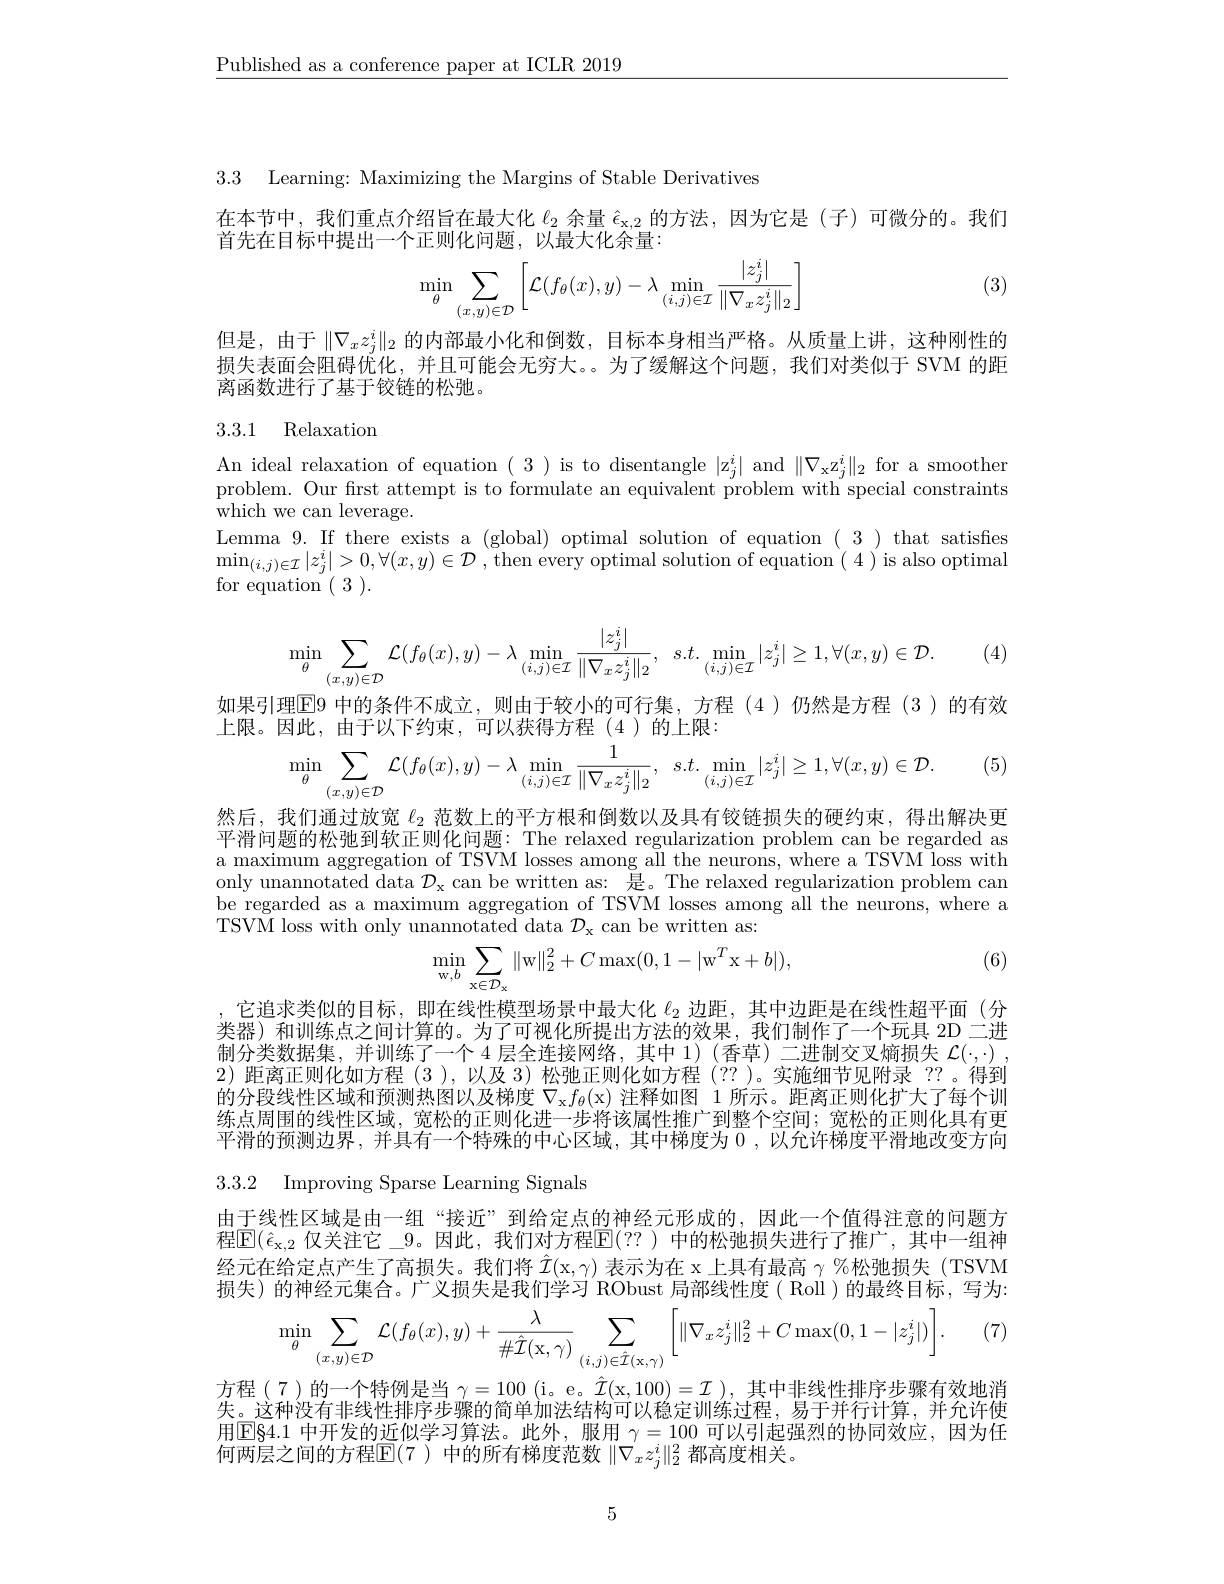
$\underline{\text{Published as a conference paper at ICLR 2019}}$

3.3 Learning: Maximizing the Margins of Stable Derivatives

在本节中，我们重点介绍旨在最大化$\ell_{2}$余量$\hat{\epsilon}_{\mathrm{x,2}}$的方法，因为它是(子)可微分的。我们
首先在目标中提出一个正则化问题，以最大化余量：
$$\min\limits_{\theta}\sum\limits_{(x,y)\in\mathcal{D}}\left[\mathcal{L}(f_\theta(x),y)-\lambda\min\limits_{(i,j)\in\mathcal{I}}\frac{|z_j^i|}{\|\nabla_xz_j^i\|_2}\right]$$
(3)

但是，由于$\|\nabla_xz_j^i\|_2$ 的内部最小化和倒数，目标本身相当严格。从质量上讲，这种刚性的损失表面会阻碍优化，并且可能会无穷大。。为了缓解这个问题，我们对类似于 SVM 的距离函数进行了基于铰链的松弛。

## 3.3.1 Relaxation

An ideal relaxation of equation (3) is to disentangle $|\mathrm{z}_j^i|$ and $\|\nabla_{\mathrm{x}}\mathrm{z}_j^i\|_2$ for a smoother problem. Our first attempt is to formulate an equivalent problem with special constraints ${\overset{1}{\operatorname*{\mathrm{which~we~can~leverage.}}}}$
Lemma 9. If there exists a (global) optimal solution of equation ( 3 ) that satisfes $\operatorname*{min}_{(i,j)\in\mathcal{I}}|z_j^i|>0,\forall(x,y)\in\mathcal{D}$ , then every optimal solution of equation ( 4 )is also optimal for equation $(\begin{array}{c}3\end{array}).$

(4)
$$\min_{\theta}\sum_{(x,y)\in\mathcal{D}}\mathcal{L}(f_{\theta}(x),y)-\lambda\min_{(i,j)\in\mathcal{I}}\frac{|z_{j}^{i}|}{\|\nabla_{x}z_{j}^{i}\|_{2}},\:s.t.\min_{(i,j)\in\mathcal{I}}|z_{j}^{i}|\geq1,\forall(x,y)\in\mathcal{D}.$$
如果引理$\overline{\mathrm{E}}$9 中的条件不成立，则由于较小的可行集，方程 (4 )仍然是方程 (3 )的有效
上限。因此，由于以下约束，可以获得方程(4)的上限：
$$\min\limits_{\theta}\sum\limits_{(x,y)\in\mathcal{D}}\mathcal{L}(f_{\theta}(x),y)-\lambda\min\limits_{(i,j)\in\mathcal{I}}\frac{1}{\|\nabla_{x}z_{j}^{i}\|_{2}},\:s.t.\min\limits_{(i,j)\in\mathcal{I}}|z_{j}^{i}|\geq1,\forall(x,y)\in\mathcal{D}.$$
(5)

然后，我们通过放宽$\ell_{2}$范数上的平方根和倒数以及具有铰链损失的硬约束，得出解决更平滑问题的松弛到软正则化问题：The relaxed regularization problem can be regarded as a maximum aggregation of TSVM losses among all the neurons, where a TSVM loss with only unannotated data $\mathcal{D}_\mathrm{x}$ can be written as: 是。The relaxed regularization problem can be regarded as a maximum aggregation of TSVM losses among all the neurons, where a TSVM loss with only unannotated data $\mathcal{D}_{\mathrm{x}}$ can be written as:
$$\min\limits_{\mathrm{w},b}\sum\limits_{\mathrm{x}\in\mathcal{D}_{\mathrm{x}}}\|\mathrm{w}\|_{2}^{2}+C\max(0,1-|\mathrm{w}^{T}\mathrm{x}+b|),$$
(6)

,它追求类似的目标，即在线性模型场景中最大化$\ell_{2}$边距，其中边距是在线性超平面 (分类器)和训练点之间计算的。为了可视化所提出方法的效果，我们制作了一个玩具 2D 二进制分类数据集，并训练了一个 4 层全连接网络，其中 1)(香草)二进制交叉熵损失$\mathcal{L}(\cdot,\cdot)$, 2)距离正则化如方程 (3 ), 以及 3) 松弛正则化如方程 (?? )。实施细节见附录 ??。得到的分段线性区域和预测热图以及梯度$\nabla _\mathrm{x} f_\theta ($x)注释如图 1 所示。距离正则化扩大了每个训练点周围的线性区域，宽松的正则化进一步将该属性推广到整个空间；宽松的正则化具有更平滑的预测边界，并具有一个特殊的中心区域，其中梯度为0，以允许梯度平滑地改变方向

3.3.2 Improving Sparse Learning Signals

由于线性区域是由一组“接近”到给定点的神经元形成的，因此一个值得注意的问题方程$\mathbb{E} ( \hat{\epsilon } _{\mathrm{x, 2}}$ 仅关注它\_9。因此，我们对方程$\mathbb{E}(??)$ 中的松弛损失进行了推广，其中一组神经元在给定点产生了高损失。我们将$\hat{\mathcal{I} } ($x$, \gamma )$ 表示为在 x上具有最高 $\gamma\%$松弛损失(TSVM 损失)的神经元集合。广义损失是我们学习 RObust 局部线性度( Roll )的最终目标，写为：

(7)
$$\min_{\theta}\sum_{(x,y)\in\mathcal{D}}\mathcal{L}(f_{\theta}(x),y)+\frac{\lambda}{\#\hat{\mathcal{I}}(\mathrm{x},\gamma)}\sum_{(i,j)\in\hat{\mathcal{I}}(\mathrm{x},\gamma)}\bigg[\|\nabla_{x}z_{j}^{i}\|_{2}^{2}+C\max(0,1-|z_{j}^{i}|)\bigg].$$
方程(7)的一个特例是当$\gamma=100$(i。e。$\hat{\mathcal{I}}($x$,100)=\mathcal{I})$, 其中非线性排序步骤有效地消失。这种没有非线性排序步骤的简单加法结构可以稳定训练过程，易于并行计算，并允许使用$\boxed{\mathrm{E}}84.1$中开发的近似学习算法。此外，服用$\gamma=100$可以引起强烈的协同效应，因为任何两层之间的方程$\mathbb{E}(7$ )中的所有梯度范数 $\|\nabla_xz_j^i\|_2^2$ 都高度相关。

5